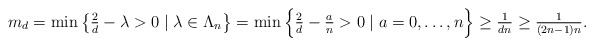
\begin{align*}\begin{array}{c}m_d = \min\big\{ {2 \over d} - \lambda > 0\;|\; \lambda \in \Lambda_n \big\} = \min\Big\{ {2 \over d} - {a \over n} > 0\;|\; a = 0, \ldots, n\Big\} \geq {1 \over dn} \geq {1 \over (2n - 1) n}.\end{array}\end{align*}